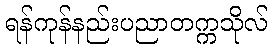
ရန်ကုန်နည်းပညာတက္ကသိုလ်